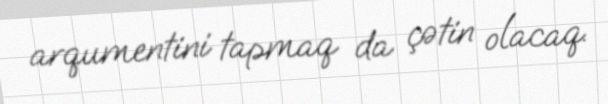
arqumentini tapmaq da çətin olacaq.